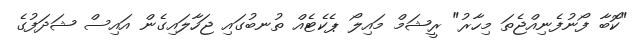
"ކޮބާ ފޯނުފެނިއްޖެތަ މިހާރު" ރީޝަމް މައިލޯ ޕެކެޓެއް ތުނބުގައި ޖަހާލައިގެން އައިސް ޝަދަފުގެ